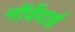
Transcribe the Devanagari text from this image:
नॉर्वेयाई